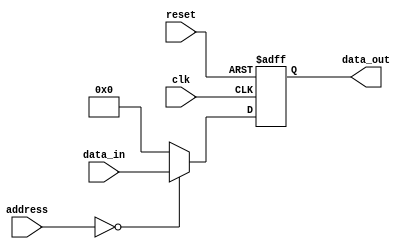
module Generate_Parameterized_Module #(
    parameter DATA_WIDTH = 8,
    parameter ADDR_WIDTH = 4
)
(
    input wire clk,
    input wire reset,
    input wire [ADDR_WIDTH-1:0] address,
    input wire [DATA_WIDTH-1:0] data_in,
    output reg [DATA_WIDTH-1:0] data_out
);

// Combinational logic
always @ (posedge clk or posedge reset)
begin
    if (reset)
        data_out <= 0;
    else
        case (address)
            // Implement specific functionality based on address
            4'd0: data_out <= data_in; // Example
            default: data_out <= 0; // Default case
        endcase
end

// Sequential logic
reg [DATA_WIDTH-1:0] internal_reg;
always @ (posedge clk or posedge reset)
begin
    if (reset)
        internal_reg <= 0;
    else
        internal_reg <= data_in;
end

endmodule